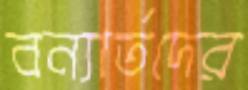
বন্যার্তদের